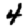
Digit: 4